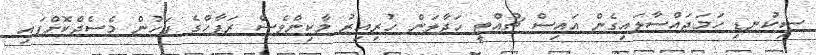
ސިކުނޑި ހަމަޖައްސާލައިގެން އައިސް ޗުއްޓީ ހަދާލަން ހުރިއިރު މާކިންވެސް ރަފާހްގެ ފަހުން މެސެޖްކޮށްފައި